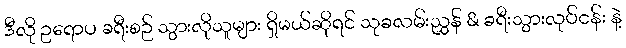
ဒီလို ဥရောပ ခရီးစဉ် သွားလိုသူများ ရှိမယ်ဆိုရင် သုခလမ်းညွှန် & ခရီးသွားလုပ်ငန်း နဲ့